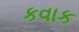
કવાક